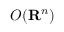
O ( \mathbf { R } ^ { n } )